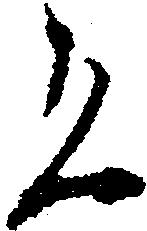
恐